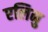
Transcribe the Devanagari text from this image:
एलिनु